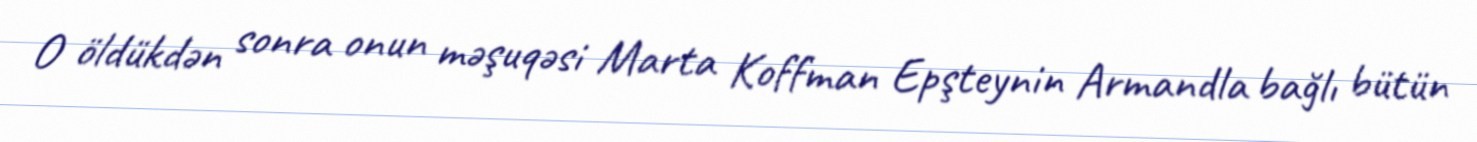
O öldükdən sonra onun məşuqəsi Marta Koffman Epşteynin Armandla bağlı bütün